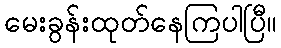
မေးခွန်းထုတ်နေကြပါပြီ။